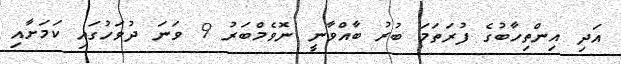
އަދި އިންތިހާބުގެ ފުރަތަމަ ބުރު ބާއްވާނީ ނޮވެމްބަރު 9 ވަނަ ދުވަހުގައި ކަމަށާއި